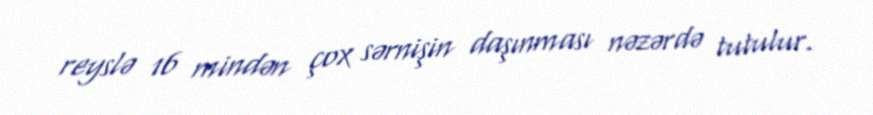
reyslə 16 mindən çox sərnişin daşınması nəzərdə tutulur.